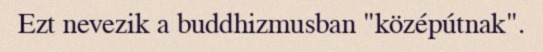
Ezt nevezik a buddhizmusban "középútnak".